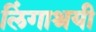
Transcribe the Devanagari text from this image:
लिंगाश्रयी